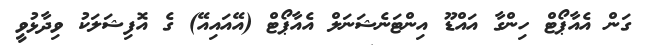
ގަން އެއާޕޯޓް ހިންގާ އައްޑޫ އިންޓަނެޝަނަލް އެއާޕޯޓް (އޭއައިއޭ) ގެ އޮފިޝަލަކު ވިދާޅުވީ